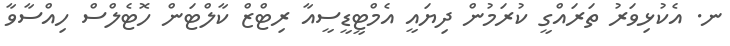
ނ. އެކުޅިވަރު ތަރައްގީ ކުރަމުން ދިޔައީ އެމްޓީޑީސީއާ ރިޓްޒް ކާލްޓަން ހޮޓެލްސް ހިއްސާވާ